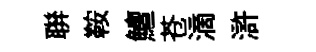
聨鞍鱣苍滴滸